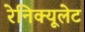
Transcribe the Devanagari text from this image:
रेनिक्यूलेट